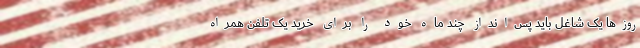
روزها یک شاغل باید پس‌انداز چند ماه خود را برای خرید یک تلفن همراه